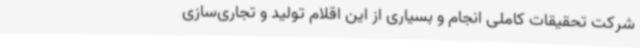
شرکت تحقیقات کاملی انجام و بسیاری از این اقلام تولید و تجاری‌سازی